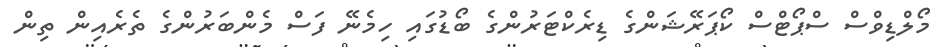
މޯލްޑިވްސް ސްޕޯޓްސް ކޯޕަރޭޝަންގެ ޑިރެކްޓަރުންގެ ބޯޑުގައި ހިމެނޭ ފަސް މެންބަރުންގެ ތެރެއިން ތިން